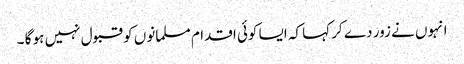
انہوں نے زور دے کر کہا کہ ایسا کوئی اقدام مسلمانوں کو قبول نہیں ہو گا ۔